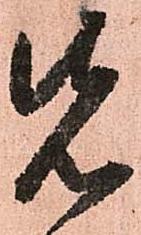
先